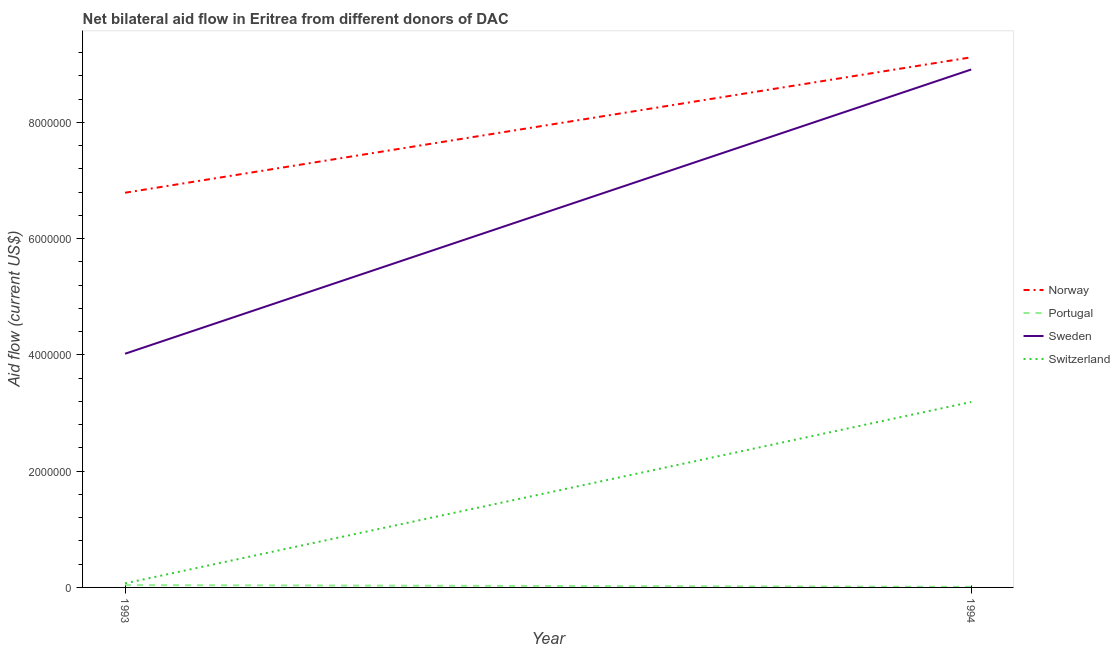
| Year | Norway | Portugal | Sweden | Switzerland |
 | --- | --- | --- | --- | --- |
 | 1993 | 6.79e+06 | 4e+04 | 4.02e+06 | 7e+04 |
 | 1994 | 9.12e+06 | 1e+04 | 8.91e+06 | 3.19e+06 |